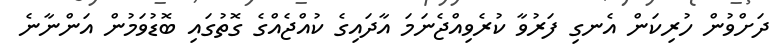
ދަށްވުން ހުރިކަން އެނގި ފަރުވާ ކުރެވިއްޖެނަމަ އާދައިގެ ކުއްޖެއްގެ ގޮތުގައި ބޮޑުވަމުން އަންނާނެ